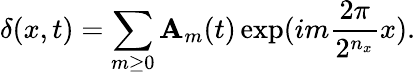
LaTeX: \delta(x,t)=\sum_{m\geq0}\mathbf{A}_{m}(t)\exp(im\frac{{2\pi}}{{2^{n_{x}}}}x).